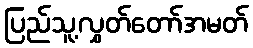
ပြည်သူ့လွှတ်တော်အမတ်